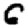
Digit: 6